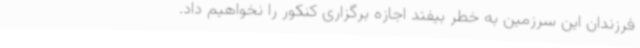
فرزندان این سرزمین به خطر بیفتد اجازه برگزاری کنکور را نخواهیم داد.